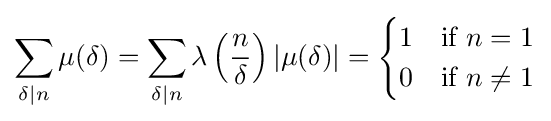
\sum _{\delta \mid n}\mu (\delta )=\sum _{\delta \mid n}\lambda \left({\frac {n}{\delta }}\right)|\mu (\delta )|={\begin{cases}1&{\text{if }}n=1\\0&{\text{if }}n\neq 1\end{cases}}